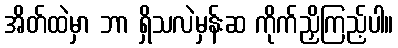
အိတ်ထဲမှာ ဘာ ရှိသလဲမှန်းဆ ကိုက်ညှိကြည့်ပါ။